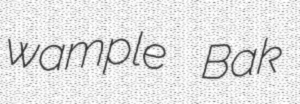
wample Bak